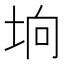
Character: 垧